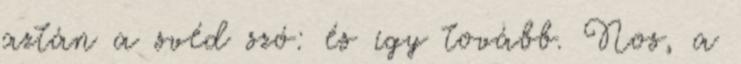
aztán a svéd szó: és így tovább. Nos, a